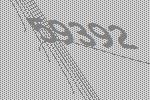
59392